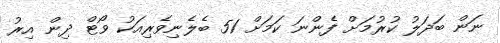
ނަން ބަދަލު ކުރުމަށް ފެންނަ ކަމަށް 51 ބެލެނިވެރިއަކު ވޯޓް ދިން އިރު